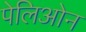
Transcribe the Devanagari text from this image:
पेलिओन